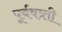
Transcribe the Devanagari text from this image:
पूर्ववत्र्ती